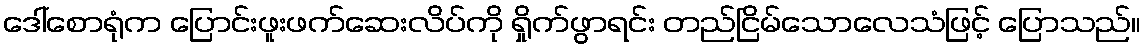
ဒေါ်စောရုံက ပြောင်းဖူးဖက်ဆေးလိပ်ကို ရှိုက်ဖွာရင်း တည်ငြိမ်သောလေသံဖြင့် ပြောသည်။